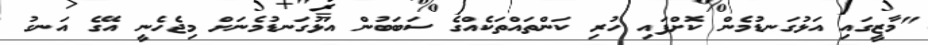
"މާޒީގައި އަޅުގަނޑުމެން ކޮށްފައި ހުރި ކަންތައްތަކެއްގެ ސަބަބުން އަޅުގަނޑުމެނަށް މިޖެހެނީ އޭގެ އަނގު